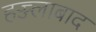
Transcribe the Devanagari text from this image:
हज्ज्लाबाद